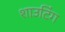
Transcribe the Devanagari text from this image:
शाउटिंग